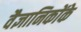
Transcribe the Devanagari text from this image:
वैज्ञानिकोंके